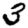
Digit: 3